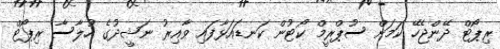
ރިޕޯޓް ދޭންޖެހޭ ކަމަށް ސުޕްރީމް ކޯޓުން ކަނޑައަޅާފައި ވާއިރު ނަޝީދުގެ ހުލާސާ ރިޕޯޓް